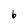
Character: 6